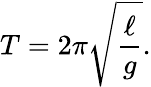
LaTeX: T=2\pi{\sqrt{\frac{\ell}{g}}}.